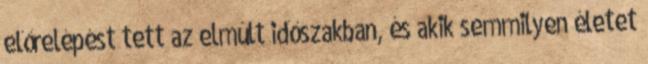
előrelépést tett az elmúlt időszakban, és akik semmilyen életet